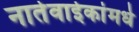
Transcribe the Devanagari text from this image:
नातेवाईकांमधे